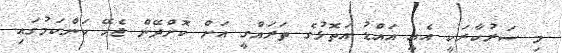
މި ސަރުކާރަކީ އެއީ އައްޑު އަތޮޅުގެ ތަރައްގީ އަށް ކޮށްދޭން ޖެހޭ ކަންކަމުގައި